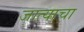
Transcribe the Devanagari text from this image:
जात्याचा